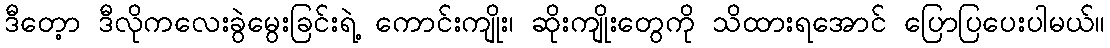
ဒီတေ့ာ ဒီလိုကလေးခွဲမွေးခြင်းရဲ့ ကောင်းကျိုး၊ ဆိုးကျိုးတွေကို သိထားရအောင် ပြောပြပေးပါမယ်။